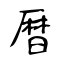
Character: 暦